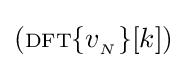
\left(\scriptstyle {\rm {DFT}}\displaystyle \{v_{_{N}}\}[k]\right)